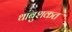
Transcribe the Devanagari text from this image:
थांबुशकत